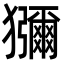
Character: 獼